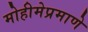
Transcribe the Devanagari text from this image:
मोहीमेप्रमाणे